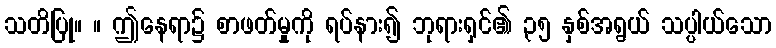
သတိပြု။ ။ ဤနေရာ၌ စာဖတ်မှုကို ရပ်နား၍ ဘုရားရှင်၏ ၃၅ နှစ်အရွယ် သပ္ပါယ်သော